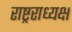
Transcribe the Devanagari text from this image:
राष्ट्रराध्यक्ष